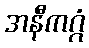
အနီကဂ္ဂံ